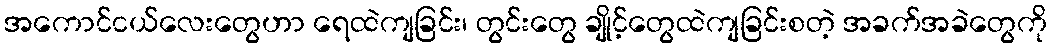
အကောင်ငယ်လေးတွေဟာ ရေထဲကျခြင်း၊ တွင်းတွေ ချိုင့်တွေထဲကျခြင်းစတဲ့ အခက်အခဲတွေကို